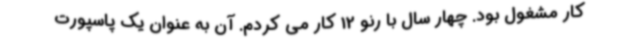
کار مشغول بود. چهار سال با رنو 12 کار می کردم. آن به عنوان یک پاسپورت